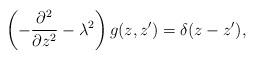
LaTeX: \begin{align*}\left(-{\partial^2\over\partial z^2}-\lambda^2\right)g(z,z')=\delta(z-z'),\end{align*}